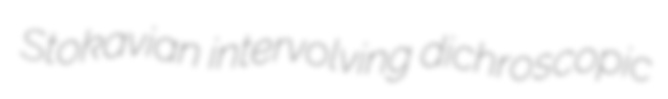
Stokavian intervolving dichroscopic